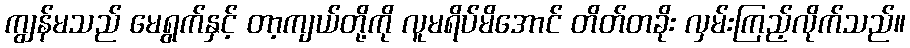
ကျွန်မသည် မေရွက်နှင့် တာ့ကျယ်တို့ကို လူမရိပ်မိအောင် တိတ်တခိုး လှမ်းကြည့်လိုက်သည်။